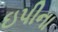
ઇપીના